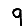
Digit: 9